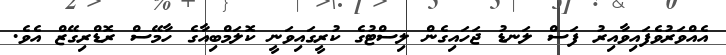
އެއްވަރުވެފައިވާއިރު ފަސް ލަނޑު ޖަހައިގެން ލިސްޓުގެ ކުރީގައިވަނީ ކޮލަމްބިއާގެ ހާމޭސް ރޮޑްރިގޭޒް އެވެ.